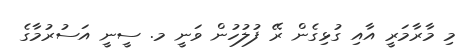
މި މާރާމަރީ އާއި ގުޅިގެން ރޭ ފުލުހުން ވަނީ މ. ސީނީ އަސުރުމާގެ